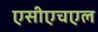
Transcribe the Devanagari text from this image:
एसीएचएल